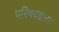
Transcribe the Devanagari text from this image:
परिषदद्वारा।